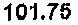
101.75